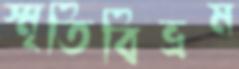
স্মৃতিবিভ্রম